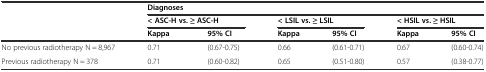
<table><thead><tr><td rowspan="3"></td><td colspan="6"><b>Diagnoses</b></td></tr><tr><td colspan="2"><b>&lt; ASC-H vs. ≥ ASC-H</b></td><td colspan="2"><b>&lt; LSIL vs. ≥ LSIL</b></td><td colspan="2"><b>&lt; HSIL vs. ≥ HSIL</b></td></tr><tr><td><b>Kappa</b></td><td><b>95% CI</b></td><td><b>Kappa</b></td><td><b>95% CI</b></td><td><b>Kappa</b></td><td><b>95% CI</b></td></tr></thead><tbody><tr><td>No previous radiotherapy N = 8,967</td><td>0.71</td><td>(0.67-0.75)</td><td>0.66</td><td>(0.61-0.71)</td><td>0.67</td><td>(0.60-0.74)</td></tr><tr><td>Previous radiotherapy N = 378</td><td>0.71</td><td>(0.60-0.82)</td><td>0.65</td><td>(0.51-0.80)</td><td>0.57</td><td>(0.38-0.77)</td></tr></tbody></table>